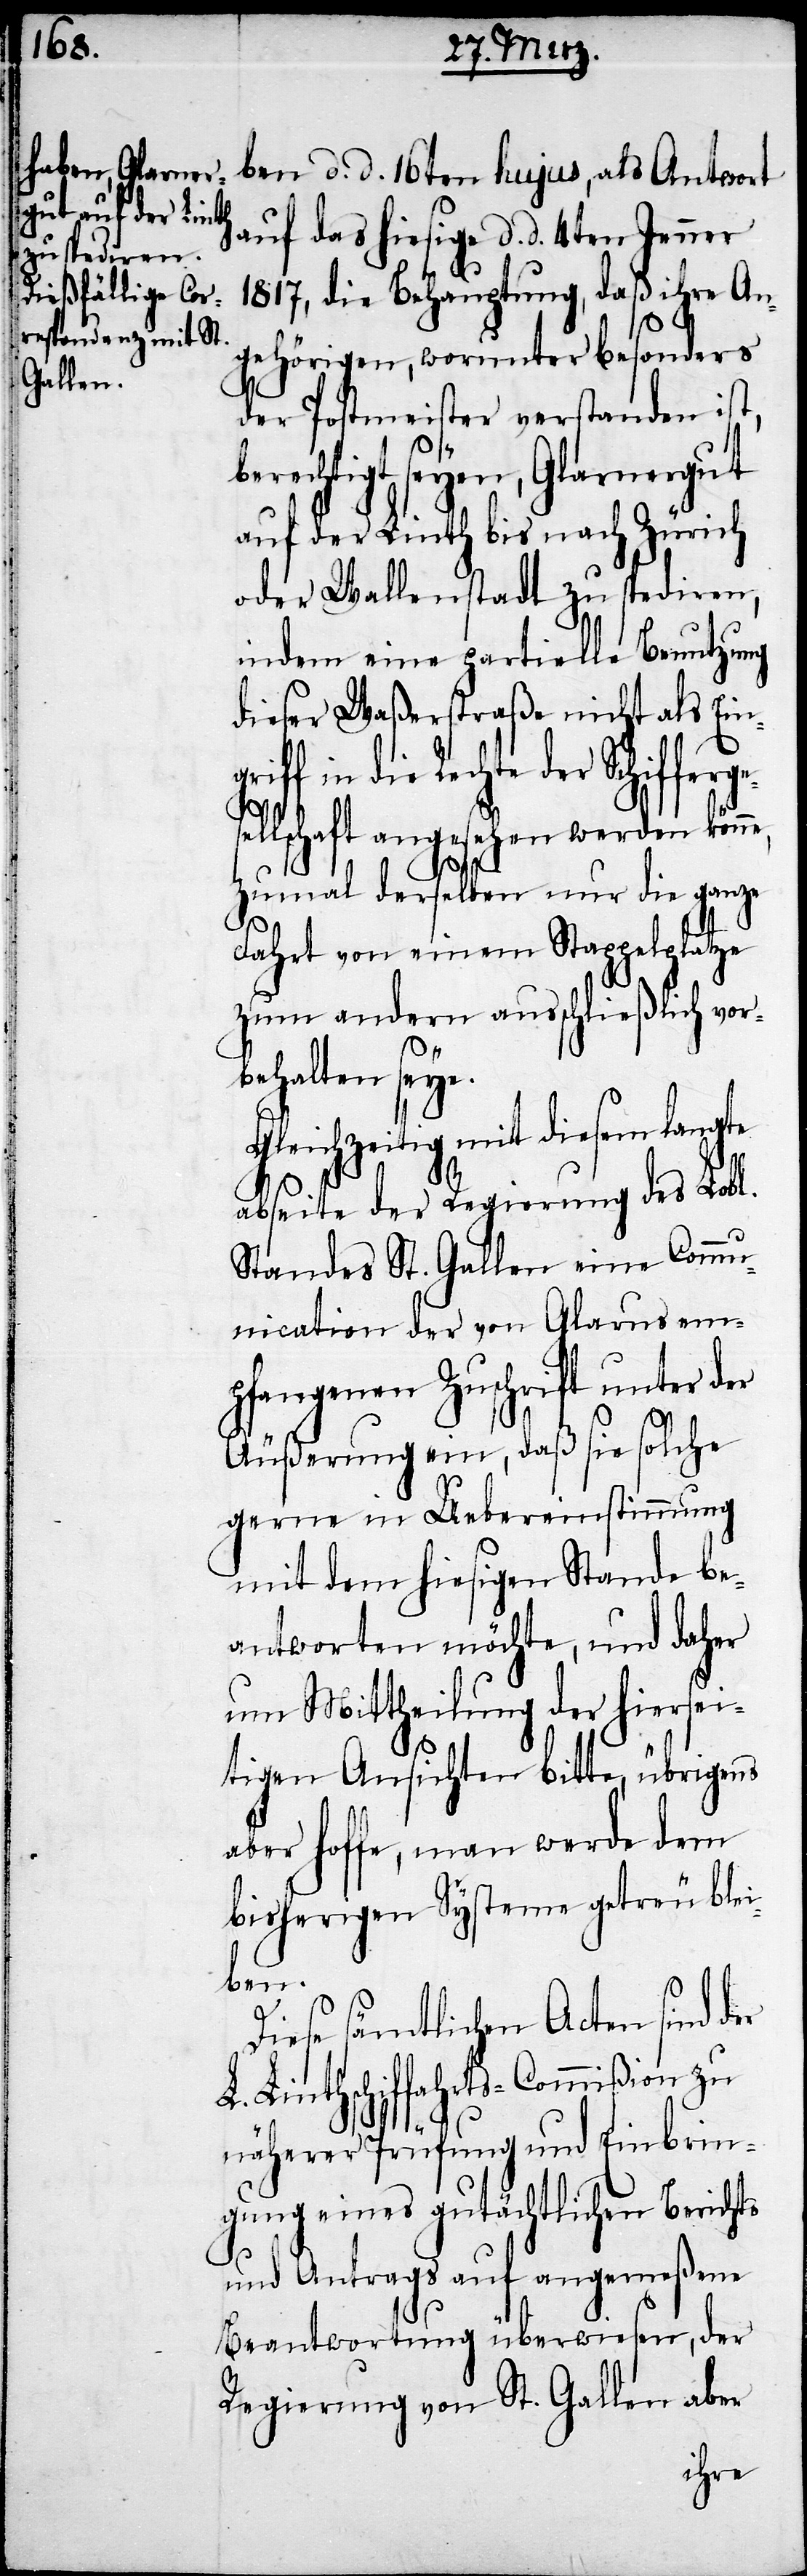
auf das hiesige d. d. 4ten Jenner
1817, die Behauptung, daß ihre An¬
gehörigen, worunter besonders
der Postmeister verstanden ist,
rechtigt seyen, Glarnergut
auf der Linth bis nach Zürich
oder Wallenstadt zu spediren,
indem eine partielle Benutzung
dieser Waßerstraße nicht als Ein¬
der Schiffergesel¬
lschaft angesehen werden kön¬
zumal derselben nur die ganze
Fahrt von einem Stappelpatze
zum andern ausschließlich vor¬
behalten seye.
Gleichzeitig mit diesem langte
abseite der Regierung des Lobl.
Standes St. Gallen eine Commu¬
nication der von Glarus em¬
pfangenen Zuschrift unter der
Äußerung ein, daß sie solche
gerne in Uebereinstimmung
mit dem hiesigen Stande be¬
antworten möchte, und daher
um Mittheilung der hiersei¬
tigen Ansichten bitte, übrigens
aber hoffe, man werde dem
bisherigen System getreu blei¬
ben.
Diese sämtlichen Acten sind der
L. Linthschiffahrts-Commißion zu
näherer Prüfung und Einbrin¬
gung eines gutächtlichen Berichts
und Antrags auf angemeßenene
Beantwortung überwiesen, der
Regierung von St. Gallen aber